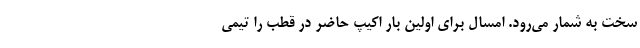
سخت به شمار می‌رود. امسال برای اولین بار اکیپ حاضر در قطب را تیمی